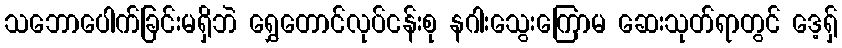
သဘောပေါက်ခြင်းမရှိဘဲ ရွှေတောင်လုပ်ငန်းစု နဂါးသွေးကြောမ ဆေးသုတ်ရာတွင် ဒေ့ရှ်